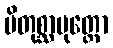
ပိတုစ္ဆာပုတ္တော